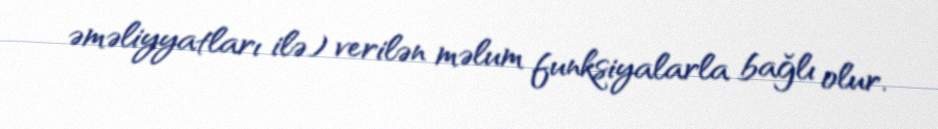
əməliyyatları ilə) verilən məlum funksiyalarla bağlı olur.